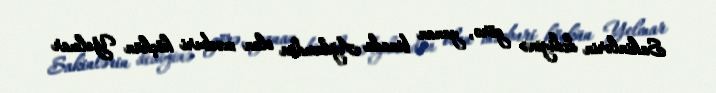
Sakinlərin dediyinə görə, yanan binada Ağdamdan olan məcburi köçkün Yelmar